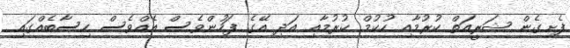
ފެށިގެން ޝަރީއަތް ކުރުމާއި ހުކުމް ކުރުމާއި އަދި އޭގެ ފަހުންވެސް އެއްވެސް ހިސާބެއްގައި